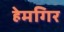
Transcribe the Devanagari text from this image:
हेमगिर